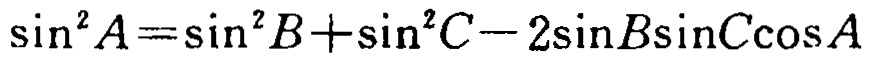
\(\sin^{2}A=\sin^{2}B+\sin^{2}C - 2\sin B\sin C\cos A\)